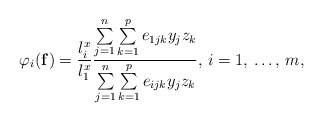
\begin{align*}\varphi_{i}(\mathbf{f})=\frac{l_{i}^{x}}{l_{1}^{x}}\frac{\sum\limits_{j=1}^n \sum\limits_{k=1}^p {e_{1jk}y_{j}z_{k}} }{\sum\limits_{j=1}^n \sum\limits_{k=1}^p {e_{ijk}y_{j}z_{k}} },\thinspace i=1,\thinspace \mathellipsis ,\thinspace m,\end{align*}